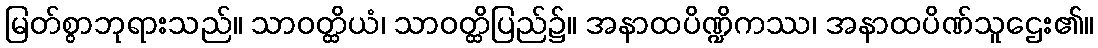
မြတ်စွာဘုရားသည်။ သာဝတ္ထိယံ၊ သာဝတ္ထိပြည်၌။ အနာထပိဏ္ဍိကဿ၊ အနာထပိဏ်သူဌေး၏။